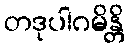
တဒုပါဂမိန္တိ